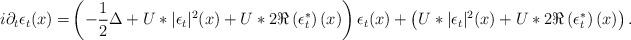
LaTeX: \begin{align*} i\partial_{t}\epsilon_{t}(x) = & \left(-\frac{1}{2}\Delta +U*|\epsilon_{t}|^{2}(x) +U*2\Re\left(\epsilon_{t}^{*}\right)(x) \right)\epsilon_{t}(x) + \left( U*|\epsilon_{t}|^{2}(x) +U*2\Re\left(\epsilon_{t}^{*}\right)(x)\right).\end{align*}